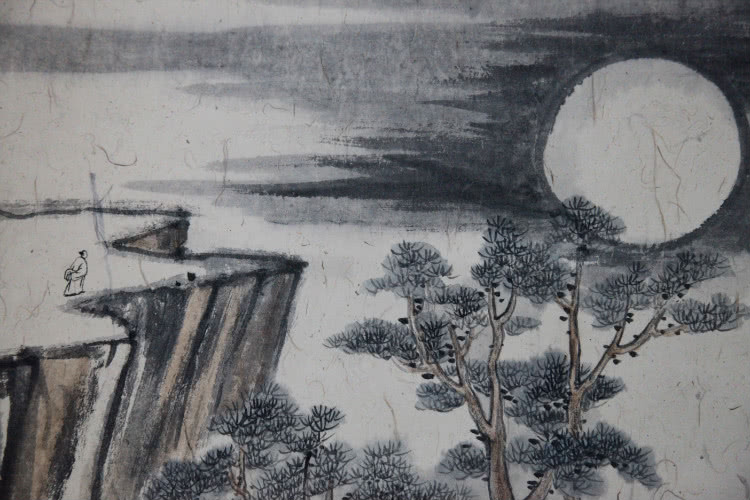
灞桥烟柳，曲江池馆，应待人来。